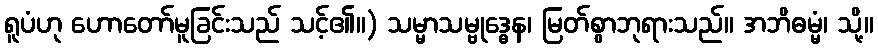
ရူပံဟု ဟောတော်မူခြင်းသည် သင့်၏။) သမ္မာသမ္ဗုဒ္ဓေန၊ မြတ်စွာဘုရားသည်။ အဘိဓမ္မံ၊ သို့။